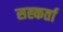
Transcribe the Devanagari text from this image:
सह्कर्ता